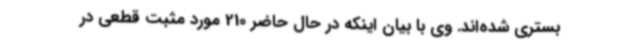
بستری شده‌اند. وی با بیان اینکه در حال حاضر 210 مورد مثبت قطعی در